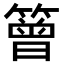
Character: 䉕